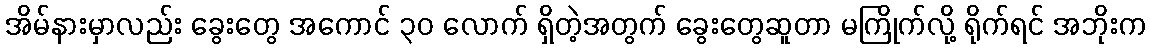
အိမ်နားမှာလည်း ခွေးတွေ အကောင် ၃၀ လောက် ရှိတဲ့အတွက် ခွေးတွေဆူတာ မကြိုက်လို့ ရိုက်ရင် အဘိုးက